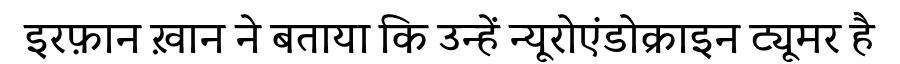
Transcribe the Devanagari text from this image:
इरफ़ान ख़ान ने बताया कि उन्हें न्यूरोएंडोक्राइन ट्यूमर है